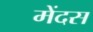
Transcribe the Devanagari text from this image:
मेंदस